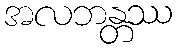
အလဘန္တဿ